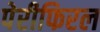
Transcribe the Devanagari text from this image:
पेरीफिरल